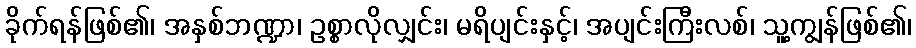
ခိုက်ရန်ဖြစ်၏၊ အနှစ်ဘဏ္ဍာ၊ ဥစ္စာလိုလျှင်း၊ မရိပျင်းနှင့်၊ အပျင်းကြီးလစ်၊ သူ့ကျွန်ဖြစ်၏၊